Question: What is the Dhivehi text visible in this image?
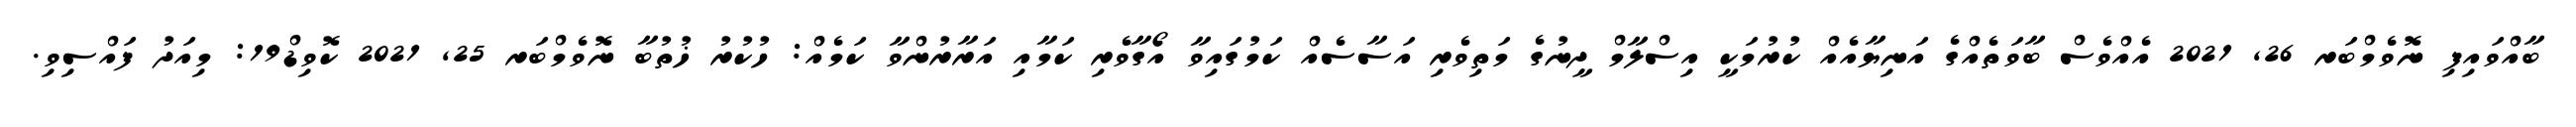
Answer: ބާއްވައިފި ނޮވެމްބަރ 26, 2021 އެއްވެސް ބާވަތެއްގެ އަނިޔާއެއް ކުރުމަކީ އިސްލާމް ދީނުގެ މަތިވެރި އަސާސެއް ކަމުގައިވާ އޯގާވެރި ކަމާއި އަރާރުންވާ ކަމެއް: ހުކުރު ޚުތުބާ ނޮވެމްބަރ 25, 2021 ކޮވިޑް19: މިއަދު ފައްސިވި.